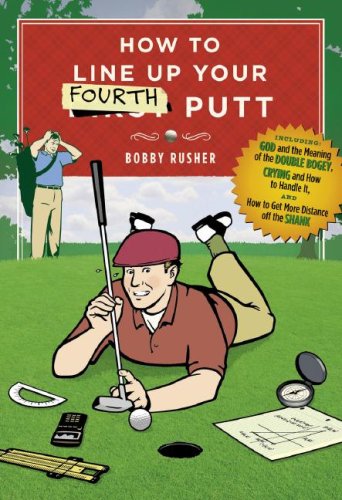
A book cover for How to Line Up Your Fourth Putt; Bobby Rusher; Sports & Outdoors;